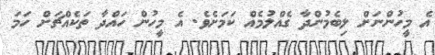
އެ މީހުންނަށް ލިބެމުންދާ ގެއްލުމެއް ކަމަށެވެ. އެ މީހުން ހައްދާ ތަކެއްޗަށް ހަމަ